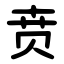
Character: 贲